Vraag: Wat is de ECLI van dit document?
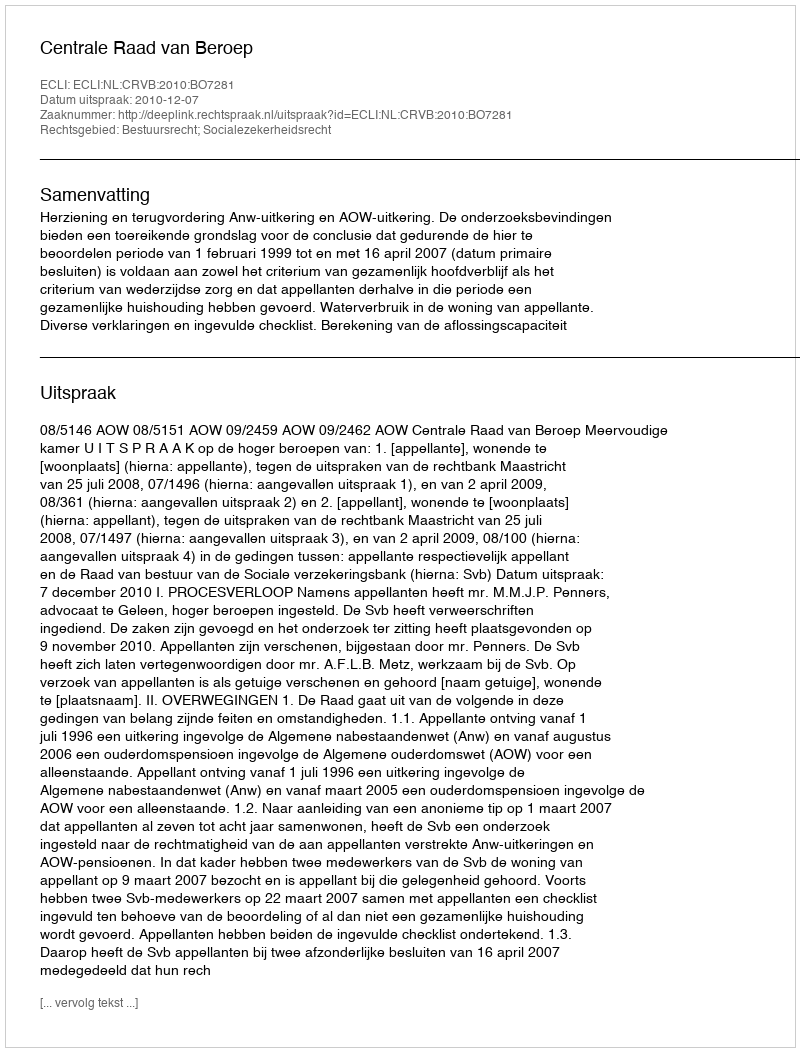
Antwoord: ECLI:NL:CRVB:2010:BO7281